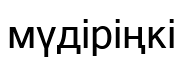
мүдіріңкі